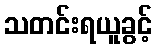
သတင်းရယူခွင့်